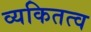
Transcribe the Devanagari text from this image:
व्यकितत्व